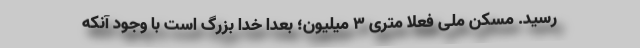
رسید. مسکن ملی فعلا متری ۳ میلیون؛ بعدا خدا بزرگ است با وجود آنکه